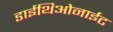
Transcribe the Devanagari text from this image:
डाईथिओनाईट